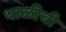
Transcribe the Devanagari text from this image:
थाळीची